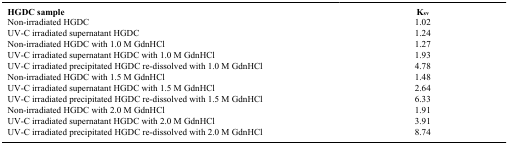
| HGDC sample | Ksv |
 | --- | --- |
 | Non-irradiated HGDC | 1.02 |
 | UV-C irradiated supernatant HGDC | 1.24 |
 | Non-irradiated HGDC with 1.0 M GdnHCl | 1.27 |
 | UV-C irradiated supernatant HGDC with 1.0 M GdnHCl | 1.93 |
 | UV-C irradiated precipitated HGDC re-dissolved with 1.0 M GdnHCl | 4.78 |
 | Non-irradiated HGDC with 1.5 M GdnHCl | 1.48 |
 | UV-C irradiated supernatant HGDC with 1.5 M GdnHCl | 2.64 |
 | UV-C irradiated precipitated HGDC re-dissolved with 1.5 M GdnHCl | 6.33 |
 | Non-irradiated HGDC with 2.0 M GdnHCl | 1.91 |
 | UV-C irradiated supernatant HGDC with 2.0 M GdnHCl | 3.91 |
 | UV-C irradiated precipitated HGDC re-dissolved with 2.0 M GdnHCl | 8.74 |